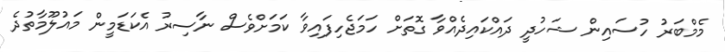
މެމްބަރު ހުސައިން ޝަހުދީ ދައްކައިދެއްވާ ގޮތަށް ހަމަޖެހިފައިވާ ކަމަށްވެސް ނާސިރު އެކަޑަމީން މައުލޫމާތުދެ